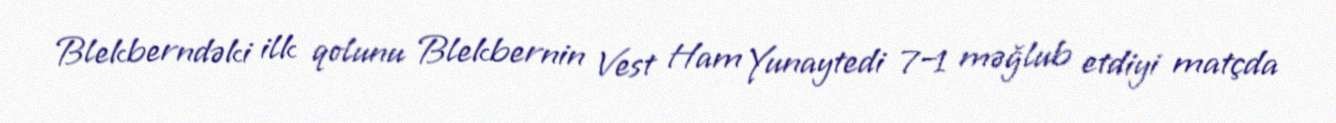
Blekberndəki ilk qolunu Blekbernin Vest Ham Yunaytedi 7–1 məğlub etdiyi matçda